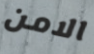
الامن